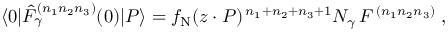
\langle 0 | \hat { F } _ { \gamma } ^ { ( n _ { 1 } n _ { 2 } n _ { 3 } ) } ( 0 ) | P \rangle = f _ { \mathrm { N } } ( z \cdot P ) ^ { \, { n _ { 1 } + n _ { 2 } + n _ { 3 } + 1 } } N _ { \gamma } \, F ^ { \, ( n _ { 1 } n _ { 2 } n _ { 3 } ) } \; ,